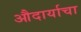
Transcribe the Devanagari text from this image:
औदार्याचा